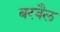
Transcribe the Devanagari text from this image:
बरवैल